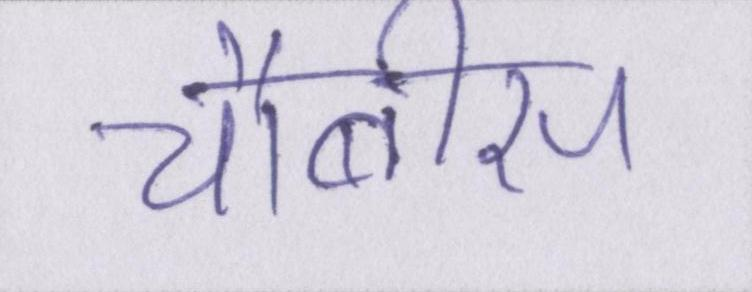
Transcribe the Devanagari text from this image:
चौबीस